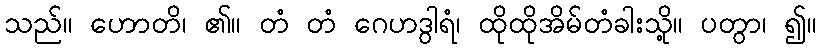
သည်။ ဟောတိ၊ ၏။ တံ တံ ဂေဟဒွါရံ၊ ထိုထိုအိမ်တံခါးသို့။ ပတွာ၊ ၍။